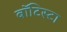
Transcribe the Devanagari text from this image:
बाॅटिस्टा